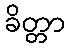
ခိတ္တာ